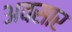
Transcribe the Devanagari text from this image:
अवसार